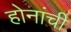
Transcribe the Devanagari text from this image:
होनांची